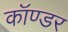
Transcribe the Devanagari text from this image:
कॉण्डर